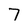
Character: 7